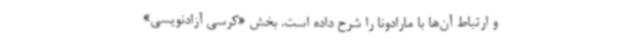
و ارتباط آن‌ها با مارادونا را شرح داده است. بخش «کرسی آزادنویسی»